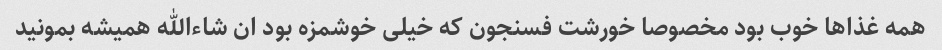
همه غذاها خوب بود مخصوصا خورشت فسنجون که خیلی خوشمزه بود ان شاءالله همیشه بمونید